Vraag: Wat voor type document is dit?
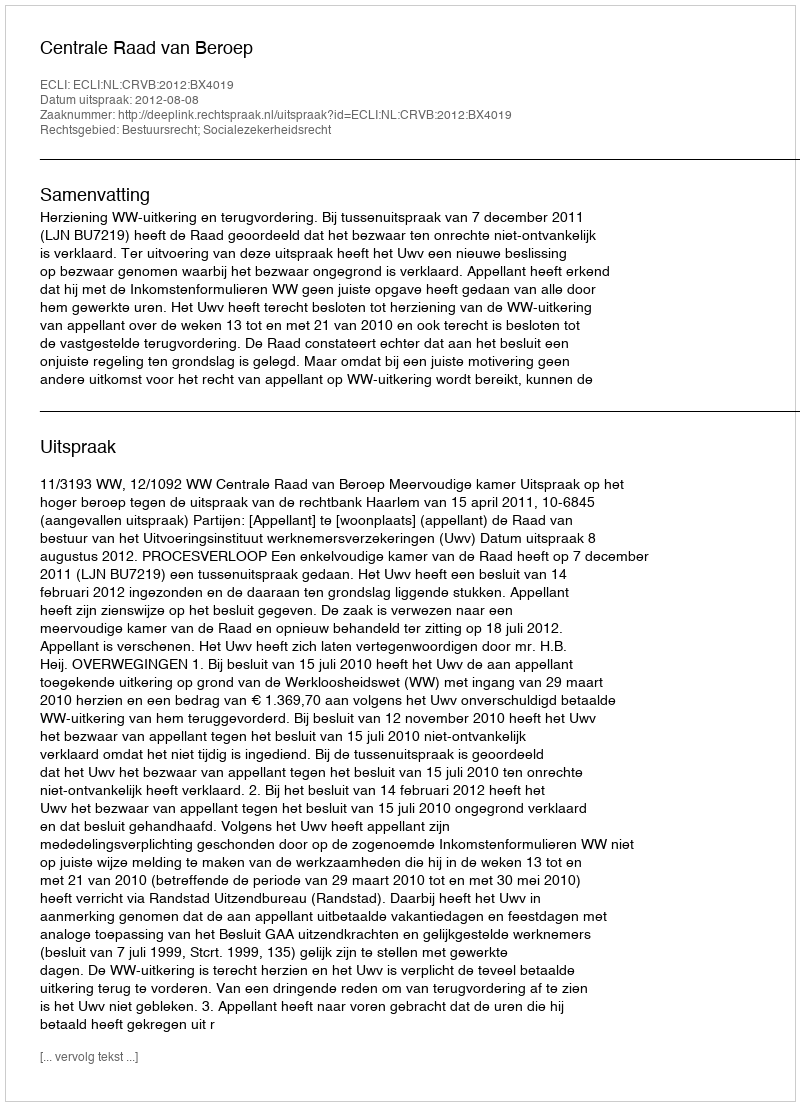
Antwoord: Uitspraak